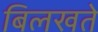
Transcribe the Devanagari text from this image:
बिलखते